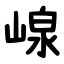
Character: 㟫